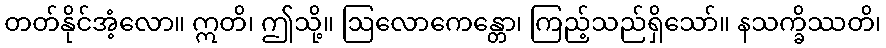
တတ်နိုင်အံ့လော။ ဣတိ၊ ဤသို့။ ဩလောကေန္တော၊ ကြည့်သည်ရှိသော်။ နသက္ခိဿတိ၊